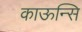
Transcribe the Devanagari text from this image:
काऊन्सि